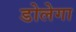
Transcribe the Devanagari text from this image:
डोलेगा